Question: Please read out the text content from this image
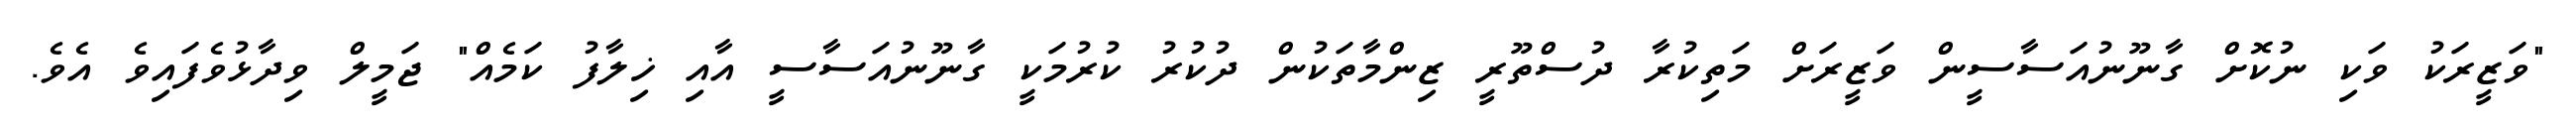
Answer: "ވަޒީރަކު ވަކި ނުކޮށް ގާނޫނުއަސާސީން ވަޒީރަށް މަތިކުރާ ދުސްތޫރީ ޒިންމާތަކުން ދުކުރު ކުރުމަކީ ގާނޫނުއަސާސީ އާއި ޚިލާފު ކަމެއް" ޖަމީލް ވިދާޅުވެފައިވެ އެވެ.